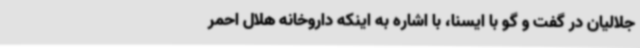
جلالیان در گفت و گو با ایسنا، با اشاره به اینکه داروخانه هلال احمر